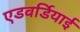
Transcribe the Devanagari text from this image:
एडवर्डियाई